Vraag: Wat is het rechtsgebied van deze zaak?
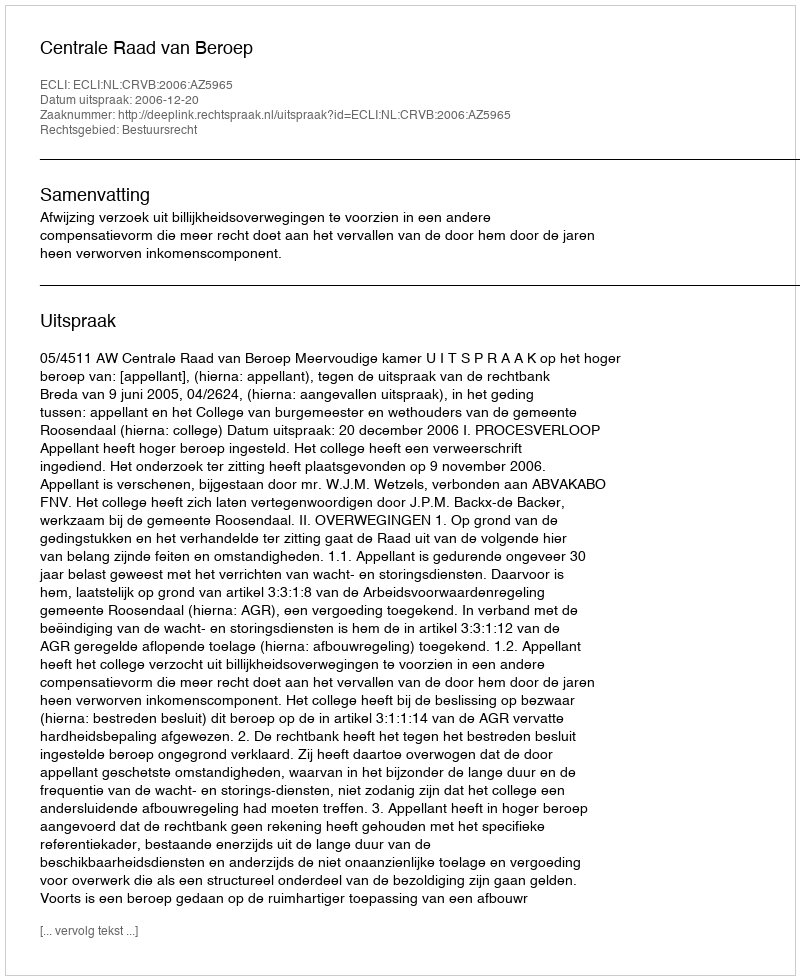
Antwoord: Bestuursrecht